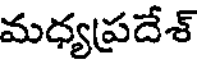
మధ్యప్రదేశ్